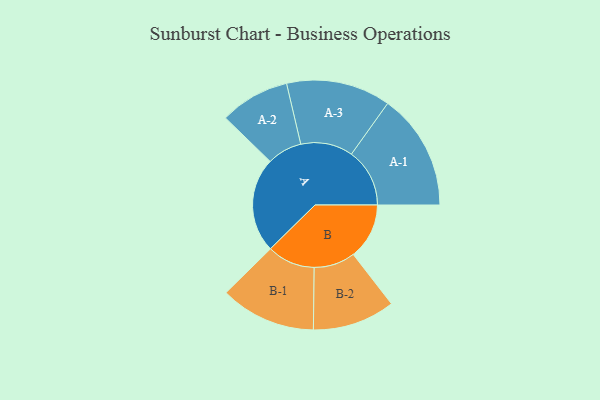
{"axis": {"x": "Segment", "y": "Value"}, "legend": ["", "A", "B"], "data": [{"x": "A", "y": 484, "type": ""}, {"x": "B", "y": 285, "type": ""}, {"x": "A-1", "y": 297, "type": "A"}, {"x": "A-2", "y": 178, "type": "A"}, {"x": "A-3", "y": 266, "type": "A"}, {"x": "B-1", "y": 244, "type": "B"}, {"x": "B-2", "y": 210, "type": "B"}]}